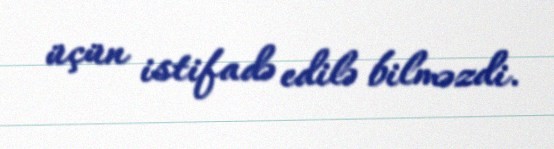
üçün istifadə edilə bilməzdi.